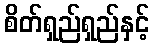
စိတ်ရှည်ရှည်နှင့်